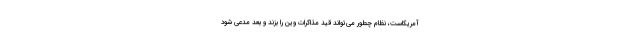
آمریکاست، نظام چطور می‌تواند قید مذاکرات وین را بزند و بعد مدعی شود